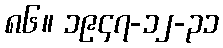
၈၆။ ၁၉၄၇-၁၂-၃၁